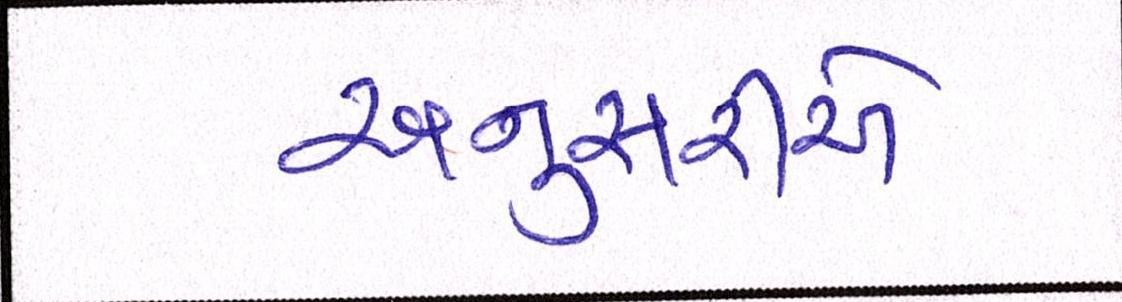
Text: અનુસરીએ